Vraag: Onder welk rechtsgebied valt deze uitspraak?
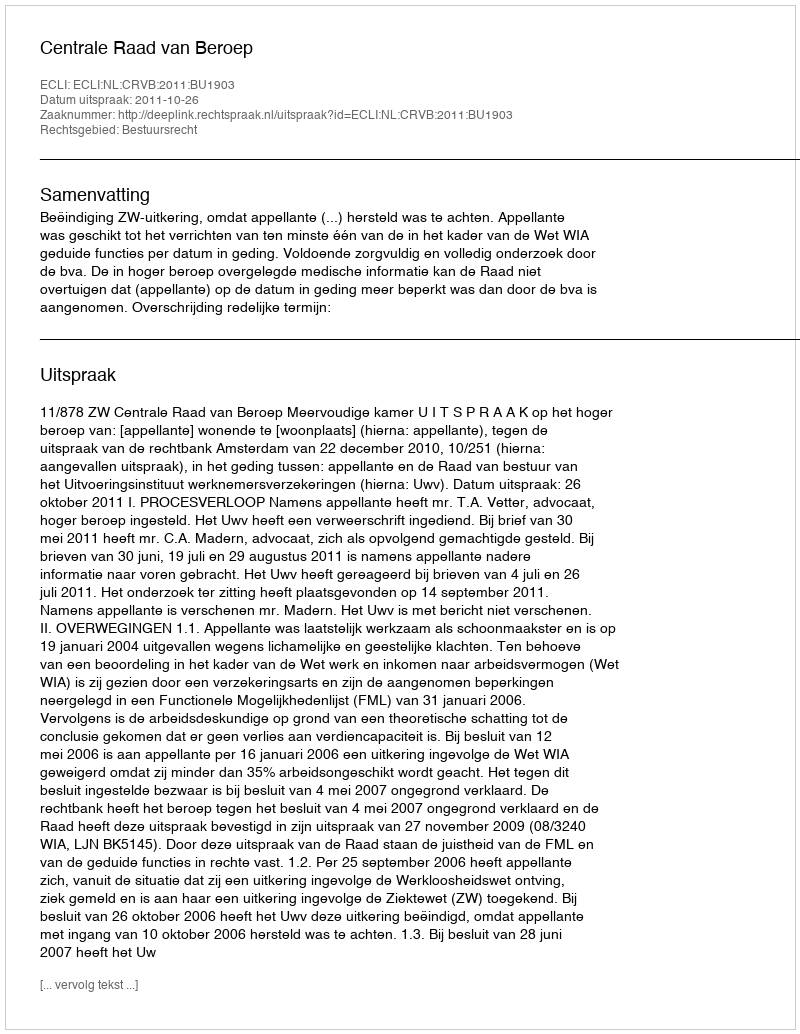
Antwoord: Bestuursrecht